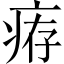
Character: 𤶐